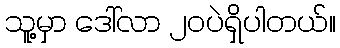
သူ့မှာ ဒေါ်လာ ၂၀ပဲရှိပါတယ်။